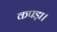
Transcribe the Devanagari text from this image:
कपड़ा।